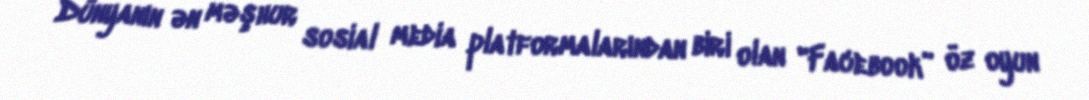
Dünyanın ən məşhur sosial media platformalarından biri olan "Facebook” öz oyun